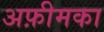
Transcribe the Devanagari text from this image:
अफ़ीमका